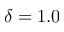
\delta = 1 . 0